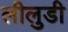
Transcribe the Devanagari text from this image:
लीलुडी